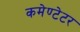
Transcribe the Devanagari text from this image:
कमेण्टेटर